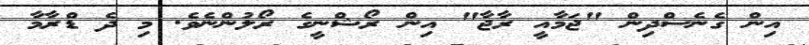
އިން ގެނެސްދިން "ޖަމާއީ ރާޖާ" އިން ރޯޝްނީގެ ރޯލުންނެވެ. މި ދެ ޑްރާމާ